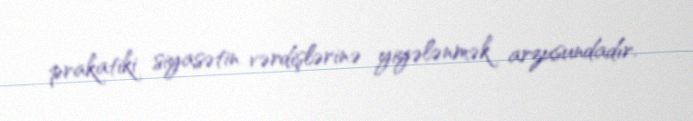
prakatiki siyasətin vərdişlərinə yiyələnmək arzusundadır.